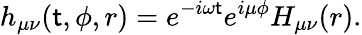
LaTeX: h_{\mu\nu}(\mathsf{t},\phi,r)=e^{-i\omega\mathsf{t}}e^{i\mu\phi}H_{\mu\nu}(r).